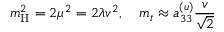
m _ { \mathrm { H } } ^ { 2 } = 2 \mu ^ { 2 } = 2 \lambda v ^ { 2 } , \quad m _ { t } \approx a _ { 3 3 } ^ { ( u ) } { \frac { v } { \sqrt { 2 } } }